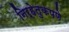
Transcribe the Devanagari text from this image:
निर्हेतुकपणे